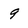
Character: 9